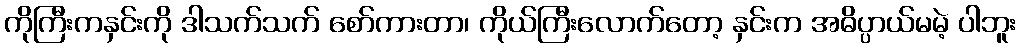
ကိုကြီးကနှင်းကို ဒါသက်သက် စော်ကားတာ၊ ကိုယ်ကြီးလောက်တော့ နှင်းက အဓိပ္ပာယ်မမဲ့ ပါဘူး